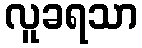
လူခရသာ